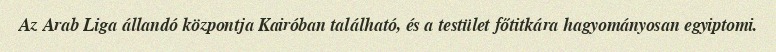
Az Arab Liga állandó központja Kairóban található, és a testület főtitkára hagyományosan egyiptomi.